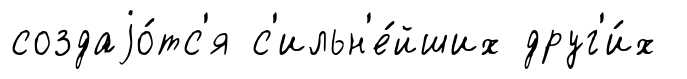
создаjо́тс'я с'ильн'е́йших друг'и́х